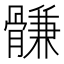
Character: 䯡